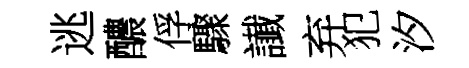
逃醲俘驟䜟弃犯汐